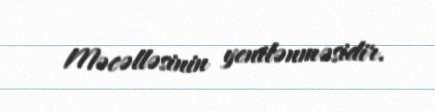
Məcəlləsinin yenilənməsidir.